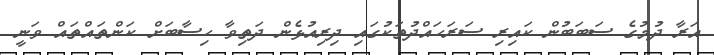
އަރާ ދުމުގެ ސަބަބުން ކައިރި ސަރަހައްދުތަކުގައި ދިރިއުޅެން ދަތިވާ ހިސާބަށް ކަންތައްތައް ވަނީ